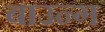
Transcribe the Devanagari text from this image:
बाउन्ग